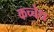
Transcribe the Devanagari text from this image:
कच्चेध